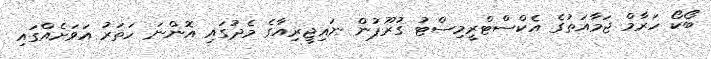
ބޯކޯ ހަރާމް ޖަމާއަތުގެ އެކްސްޓްރީމިސްޓު ގުރޫޕުން ނައިޖީރިއާގެ މެދުގައި އޮންނަ ހަތަރު އަވަށެއްގައި